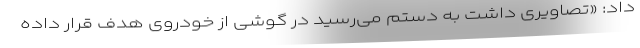
داد: «تصاویری داشت به دستم می‌رسید در گوشی از خودروی هدف قرار داده